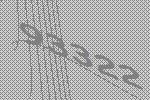
93322